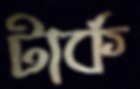
টার্ক